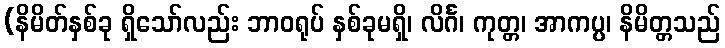
(နိမိတ်နှစ်ခု ရှိသော်လည်း ဘာဝရုပ် နှစ်ခုမရှိ၊ လိင်္ဂ၊ ကုတ္တ၊ အာကပ္ပ၊ နိမိတ္တသည်